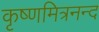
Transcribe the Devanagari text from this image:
कृष्णमित्रनन्द